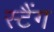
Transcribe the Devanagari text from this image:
स्टैंग